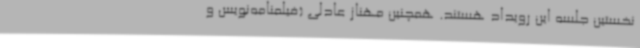
نخستین جلسه این رویداد هستند. همچنین مهناز عادلی (فیلمنامه‌نویس و